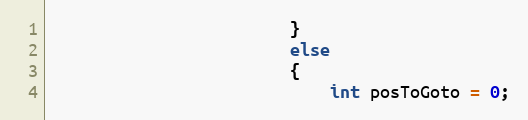
Language: C++
						}
						else
						{
							int posToGoto = 0;